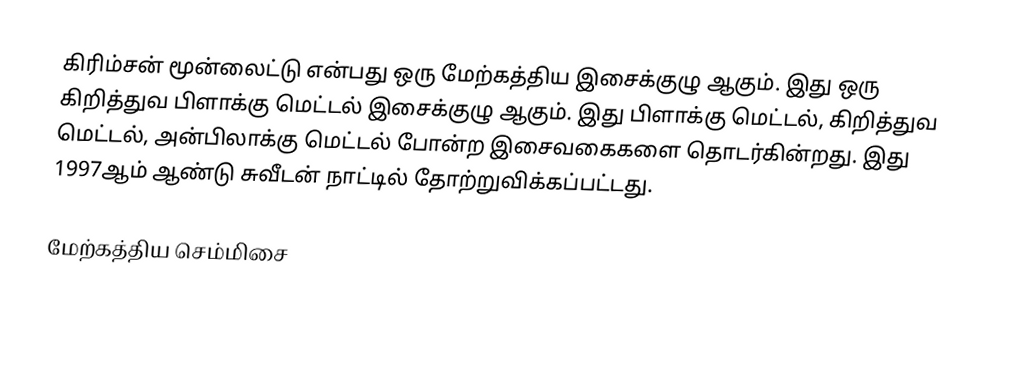
கிரிம்சன் மூன்லைட்டு என்பது ஒரு மேற்கத்திய இசைக்குழு ஆகும். இது ஒரு கிறித்துவ பிளாக்கு மெட்டல் இசைக்குழு ஆகும். இது பிளாக்கு மெட்டல், கிறித்துவ மெட்டல், அன்பிலாக்கு மெட்டல் போன்ற இசைவகைகளை தொடர்கின்றது. இது 1997ஆம் ஆண்டு சுவீடன் நாட்டில் தோற்றுவிக்கப்பட்டது.

மேற்கத்திய செம்மிசை